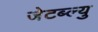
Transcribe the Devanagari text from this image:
जेटब्ल्यु